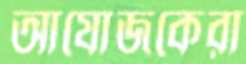
আযোজকেরা